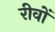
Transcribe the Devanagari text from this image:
रीवों